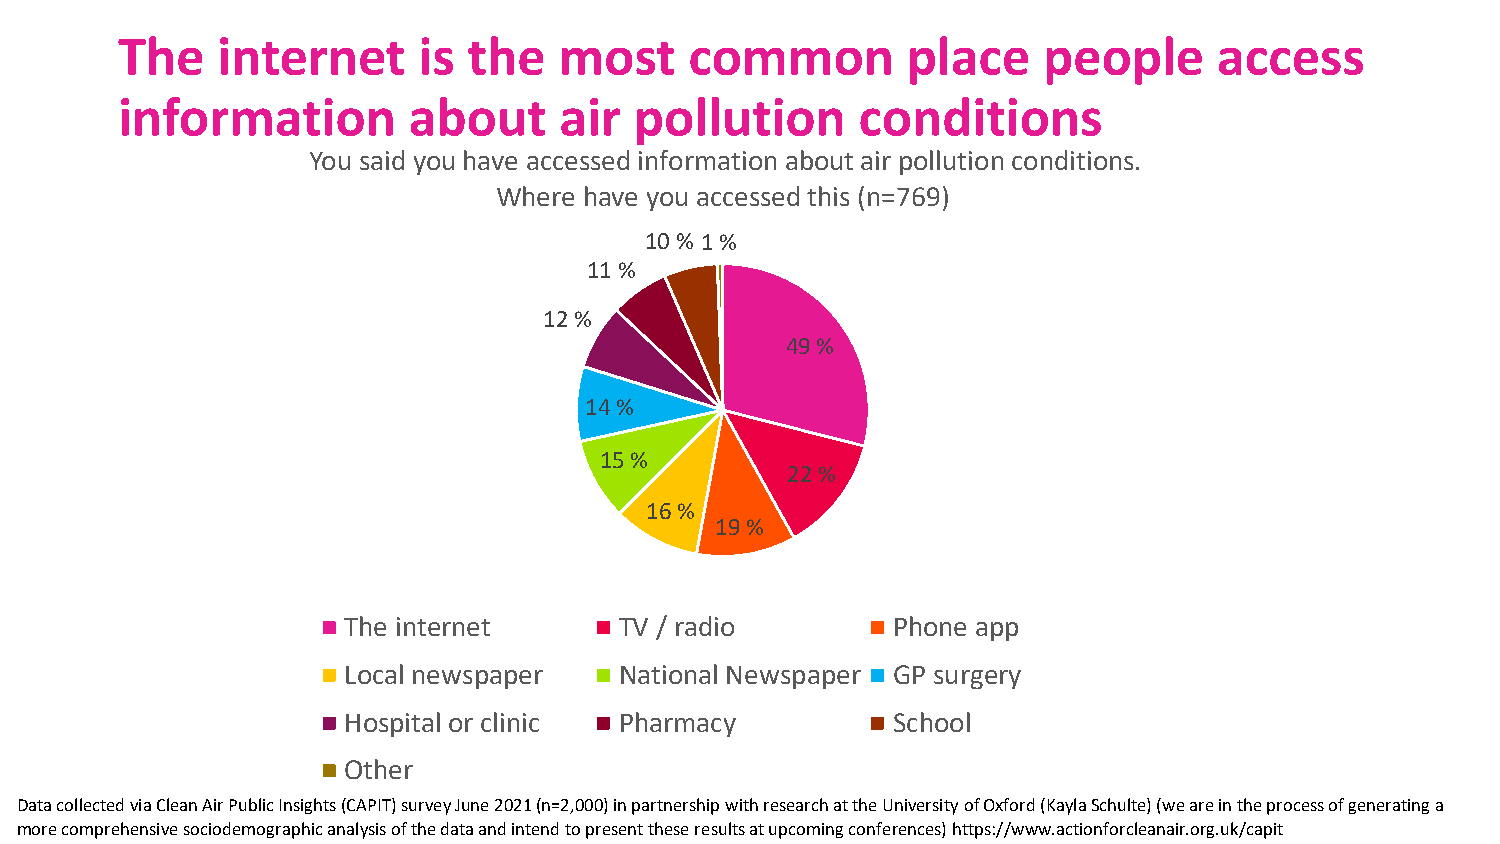
The   internet      is the   most     common        place    people      access
 information        about     air  pollution      conditions
 You said you have accessed information about air pollution conditions.
 Where have you accessed this (n=769)
 10 % 1 %
 11 %
 12 %
 49 %
 14 %
 15 %
 22 %
 16 %
 19 %
 The internet      TV / radio        Phone app
 Local newspaper   National Newspaper GP surgery
 Hospital or clinic Pharmacy         School
 Other
 Data collected via Clean Air Public Insights (CAPIT) survey June 2021 (n=2,000) in partnership with research at the University of Oxford (Kayla Schulte) (we are in the process of generating a
 more comprehensive sociodemographic analysis of the data and intend to present these results at upcoming conferences) https://www.actionforcleanair.org.uk/capit